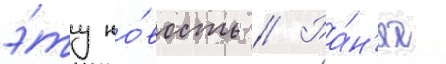
э́ту но́вость // Ра́н'ее